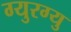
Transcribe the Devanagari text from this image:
ग्युरग्यु